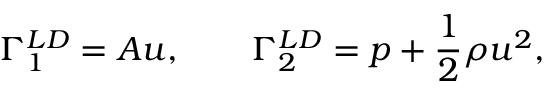
\Gamma _ { 1 } ^ { L D } = A u , \qquad \Gamma _ { 2 } ^ { L D } = p + \frac { 1 } { 2 } \rho u ^ { 2 } ,